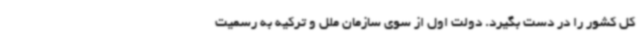
کل کشور را در دست بگیرد. دولت اول از سوی سازمان ملل و ترکیه به رسمیت